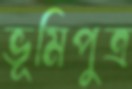
ভূমিপুত্র